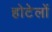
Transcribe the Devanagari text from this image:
होटेलों